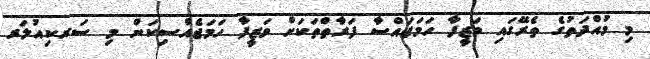
މި މުއްދަތުގެ ތެރޭގައި ވަޒީފާ ހަމަޖައްސާ ފަރާތްތަކަށް ވަޒީފާ ހަމަޖެއްސިކަން މި ސަރކިއުލަރ